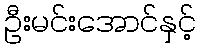
ဦးမင်းအောင်နှင့်